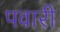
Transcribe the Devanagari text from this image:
पवारी